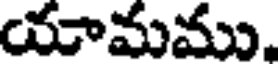
యామము,